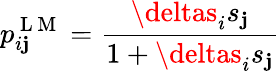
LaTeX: p_{i\mathbf{j}}^{\mathrm{{~L~M~}}}=\frac{{\deltas_{i}s_{\mathbf{j}}}}{{1+\deltas_{i}s_{\mathbf{j}}}}